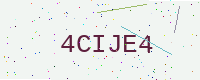
Text: 4CIJE4